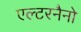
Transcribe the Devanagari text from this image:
एल्टरनैनो